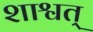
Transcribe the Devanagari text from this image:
शाश्वत्‌